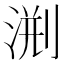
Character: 𣷨